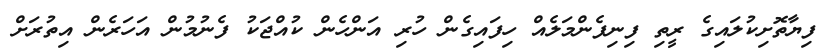
ފިޔާތޮށިކުލައިގެ ރީތި ފިނިފެންމަލެއް ހިފައިގެން ހުރި އަންހެން ކުއްޖަކު ފެނުމުން އަހަރެން އިތުރަށް